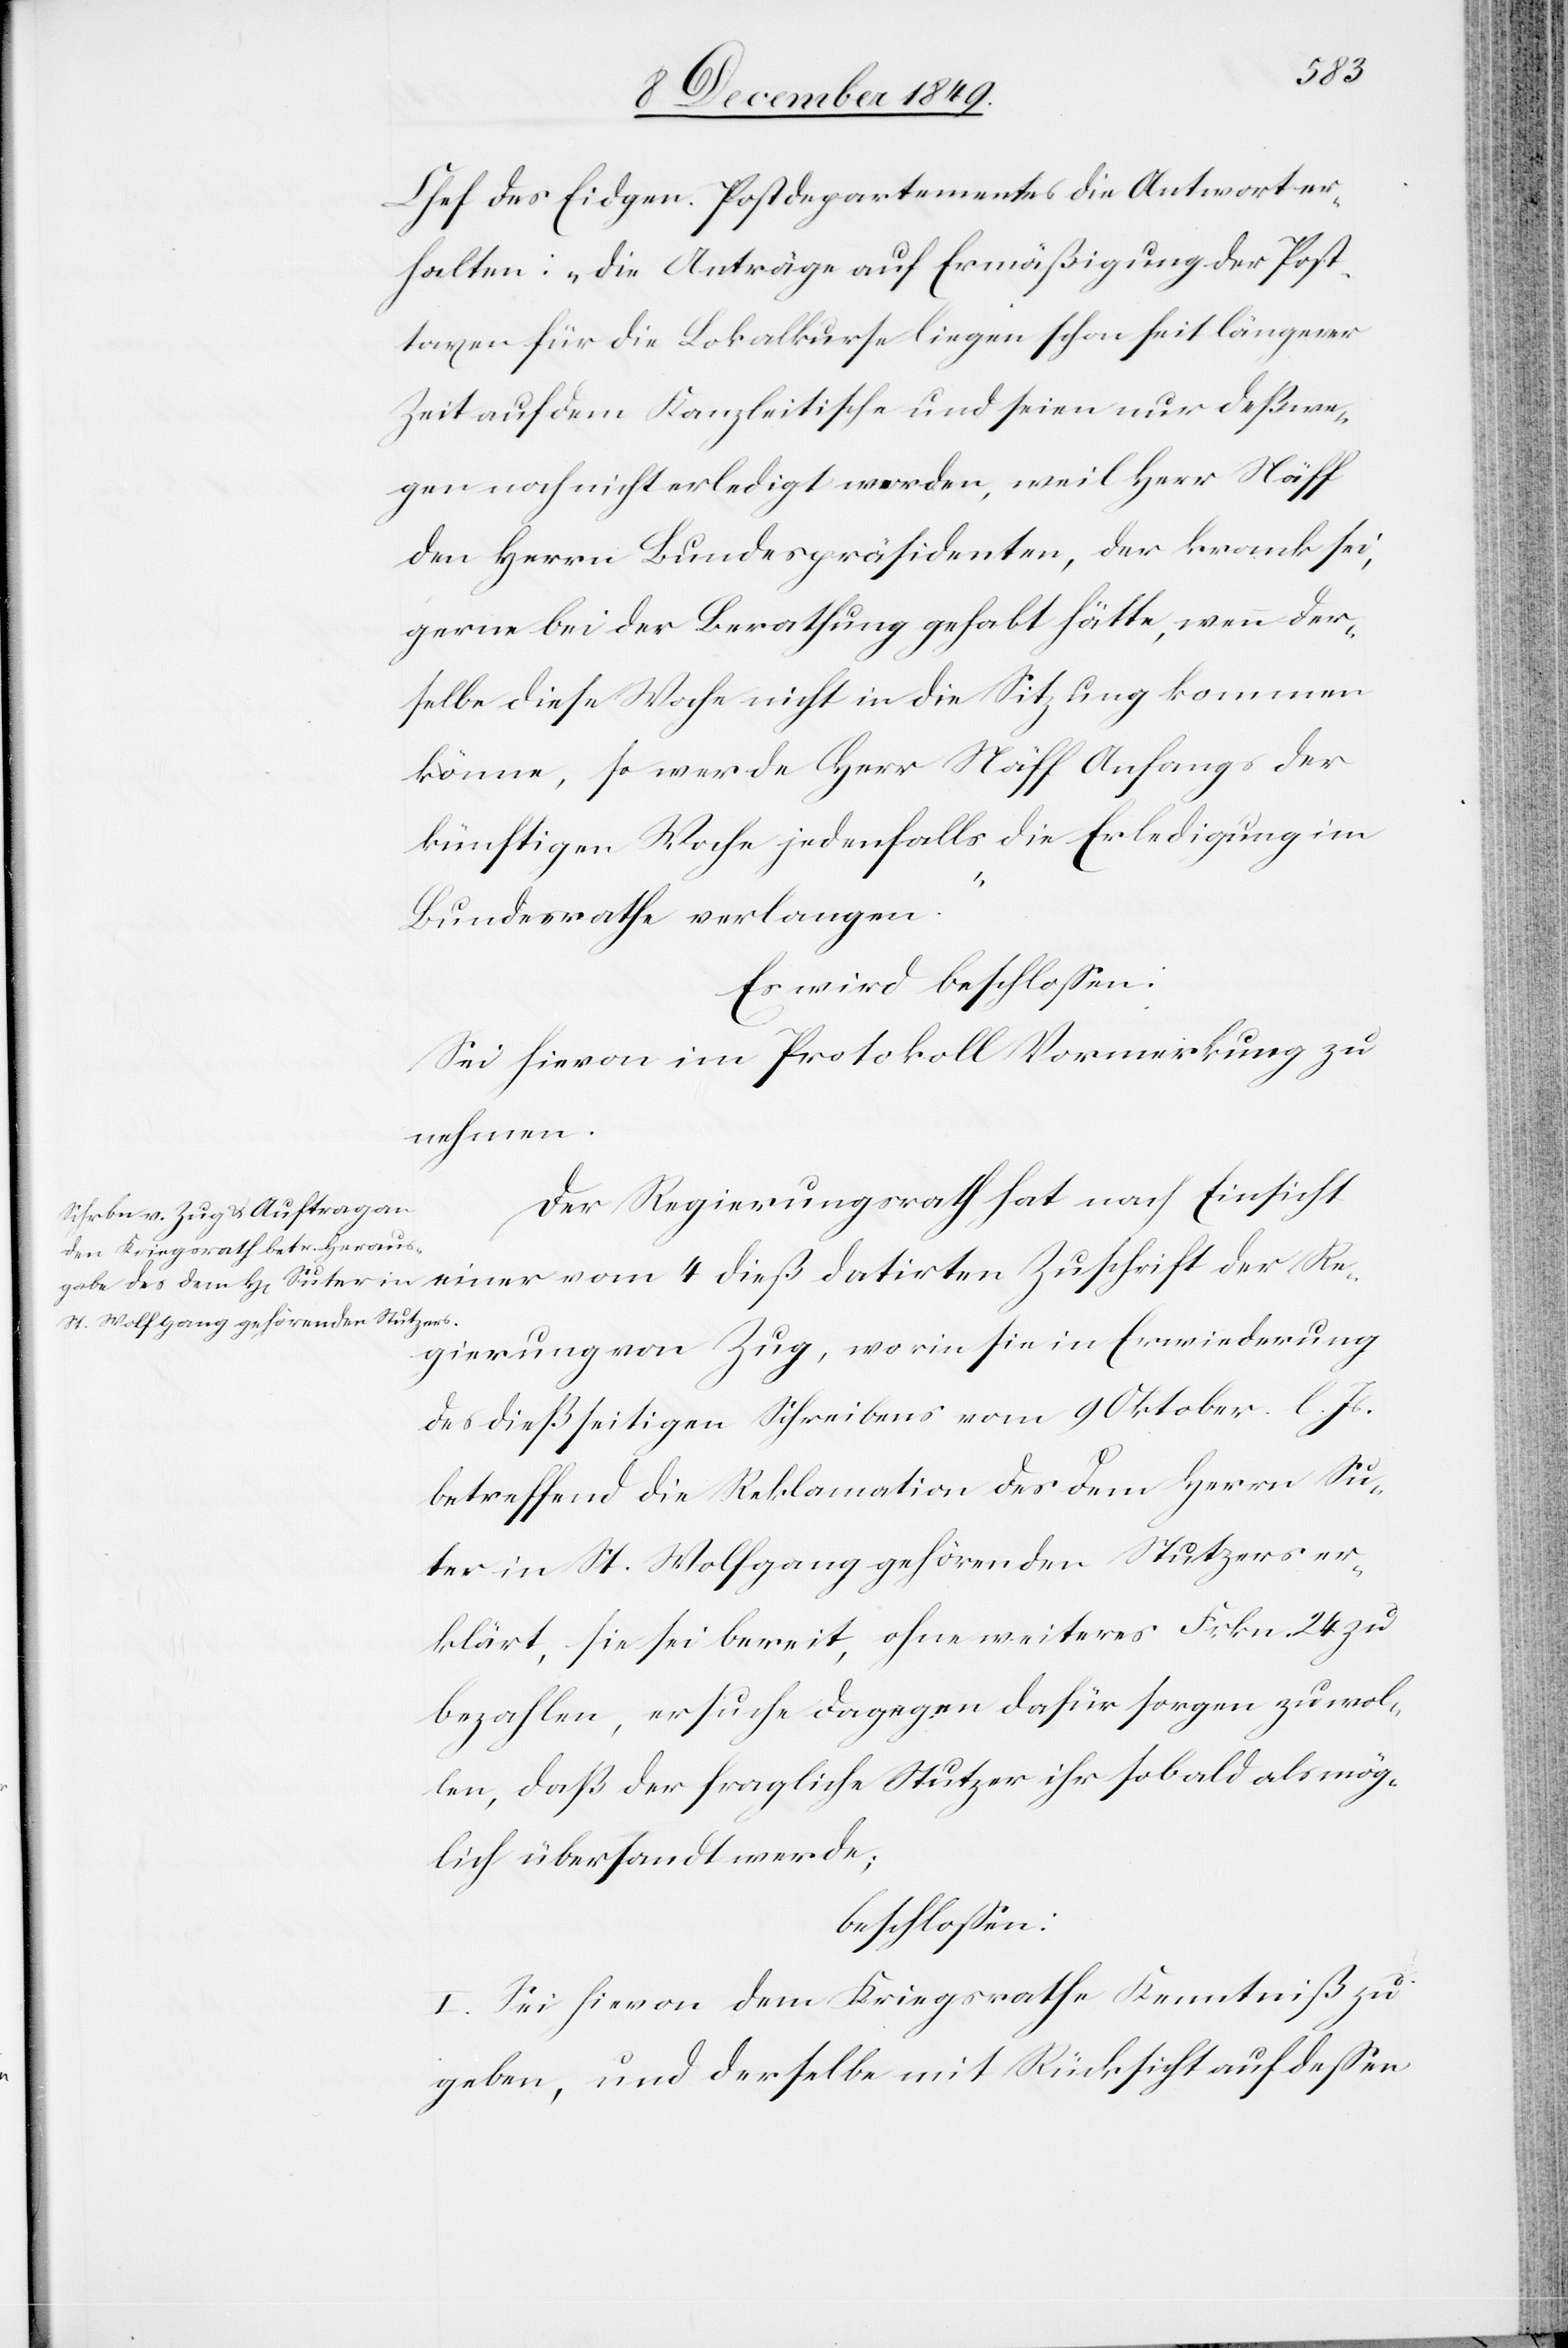
Chef des Eidgen. Postdepartementes die Antwort er¬
halten: „die Anträge auf Ermäßigung der Pos¬
taxen für die Lokalkurse liegen seit längerer
Zeit auf dem Kanzleitische und seien nur deßwe¬
gen noch nicht erledigt worden, weil Herr Näff
den Herrn Bundespräsidenten, der krank sei,
gerne bei der Berathung gehabt hätte, wenn der¬
selbe diese Woche nicht in die Sitzung kommen
könne, so werde Herr Näff Anfangs der
künftigen Woche jedenfalls die Erledigung im
Bundesrathe erlangen.“
Es wird beschloßen:
Sei hievon im Protokolle Vormerkung zu
nehmen.
Der Regierungsrath hat nach Einsicht
einer vom 4 dieß datirten Zuschrift der Re¬
gierung von Zug, worin sie in Erwiederung
des dießseitigen Schreibens vom 9 Oktober l. Js.
betreffend die Reklamation des dem Herrn Su¬
ter in St. Wolfgang gehörenden Stutzers er¬
klärt, sie sei bereit, ohne weiteres Frkn. 24 zu
bezahlen, ersuche dagegen dafür sorgen zu wol¬
len, daß der fragliche Stutzer ihr sobald als mög¬
lich übersandt werde;
beschloßen:
I. Sei hievon dem Kriegsrathe Kenntniß zu
geben, und derselbe mit Rücksicht auf deßen